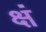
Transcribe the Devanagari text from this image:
क्षं